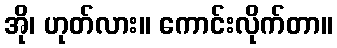
အို၊ ဟုတ်လား။ ကောင်းလိုက်တာ။